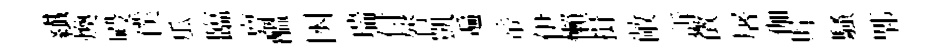
纎煥殿僕瓜臨亶醖囦瑞付膂凱遍帝伊懶揖敞訴徵屠伽貯騷郫